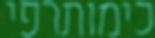
כימותרפי